Report of the Municipal Commissioner on the plague in Bombay for the year ending 31st May... - Volume 2
Disease focus: Plague
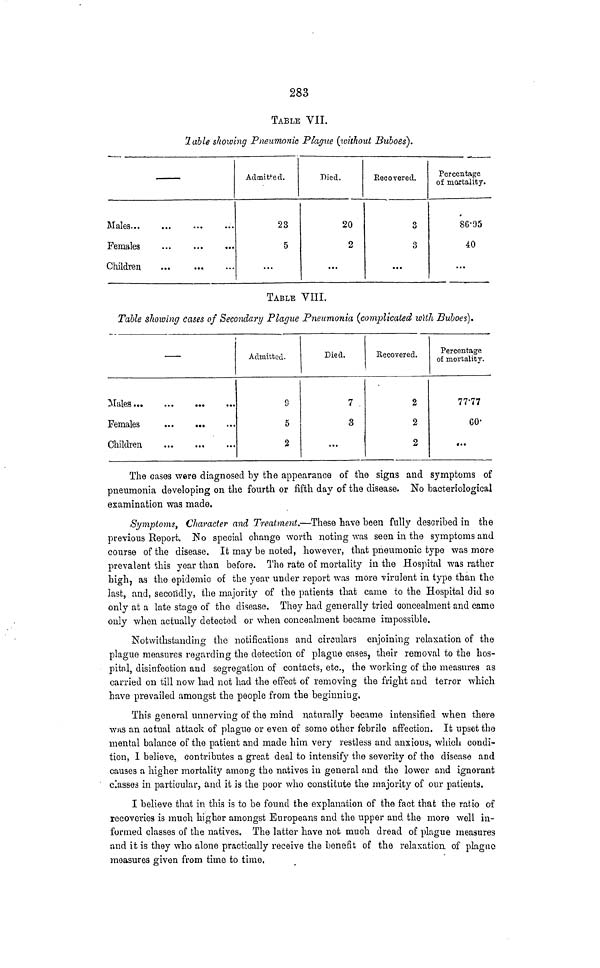
283
TABLE VII.
1 able showing Pneumonic Plague (without Buboes),
Females
Children
...
Admitted.
23
5
...
Died.
20
2
...
Eecovered.
3
3
...
Percentage
of mortality.
86-95
40
...
TABLE VIII.
Table showing cases of Secondary Plague Pneumonia (complicated with Buboes}.
—
Females
Children
Admitted.
9
5
2
Died.
7 .
3
...
Recovered.
2
2
2
Percentage
of mortality.
77'77
60-
(..
The cases were diagnosed by the appearance of the signs and symptoms of
pneumonia developing on the fourth or fifth day of the disease. No bacteriological
examination was made.
Symptoms, Character and Treatment.—These have been fully described in the
previous Report. Eo special change worth noting was seen in the symptoms and
course of the disease. It may be noted, however, that pneumonic type was more
prevalent this year than before. The rate of mortality in the Hospital was rather
high, as the epidemic of the year under report was more virulent in type than the
last, and, secondly, the majority of the patients that came to the Hospital did so
only at a late stage of the disease. They had generally tried concealment and came
only when actually detected or when concealment became impossible.
Notwithstanding the notifications and circulars enjoining relaxation of the
plague measures regarding the detection of plague cases, their removal to the hos-
pitnl, disinfection and segregation of contacts, etc., the working of the measures as
carried on till now had not had the effect of removing the fright and terror which
have prevailed amongst the people from the beginning.
This general unnerving of the mind naturally became intensified when there
wns an actual attack of plague or even of some other febrile affection. It upset the
mental balance of the patient and made him very restless and anxious, which condi-
tion, I believe, contributes a great deal to intensify the severity of the disease and
causes a higher mortality among the natives in general and the lower and ignorant
classes in particular, and it is the poor who constitute the majority of our patients.
I believe that in this is to be found the explanation of the fact that the ratio of
recoveries is much higher amongst Europeans and the upper and. the more well in-
formed classes of the natives. The latter have not much dread of plague measures
and it is they who alone practically receive the benefit of the relaxation, of plague
measures given from time to time.